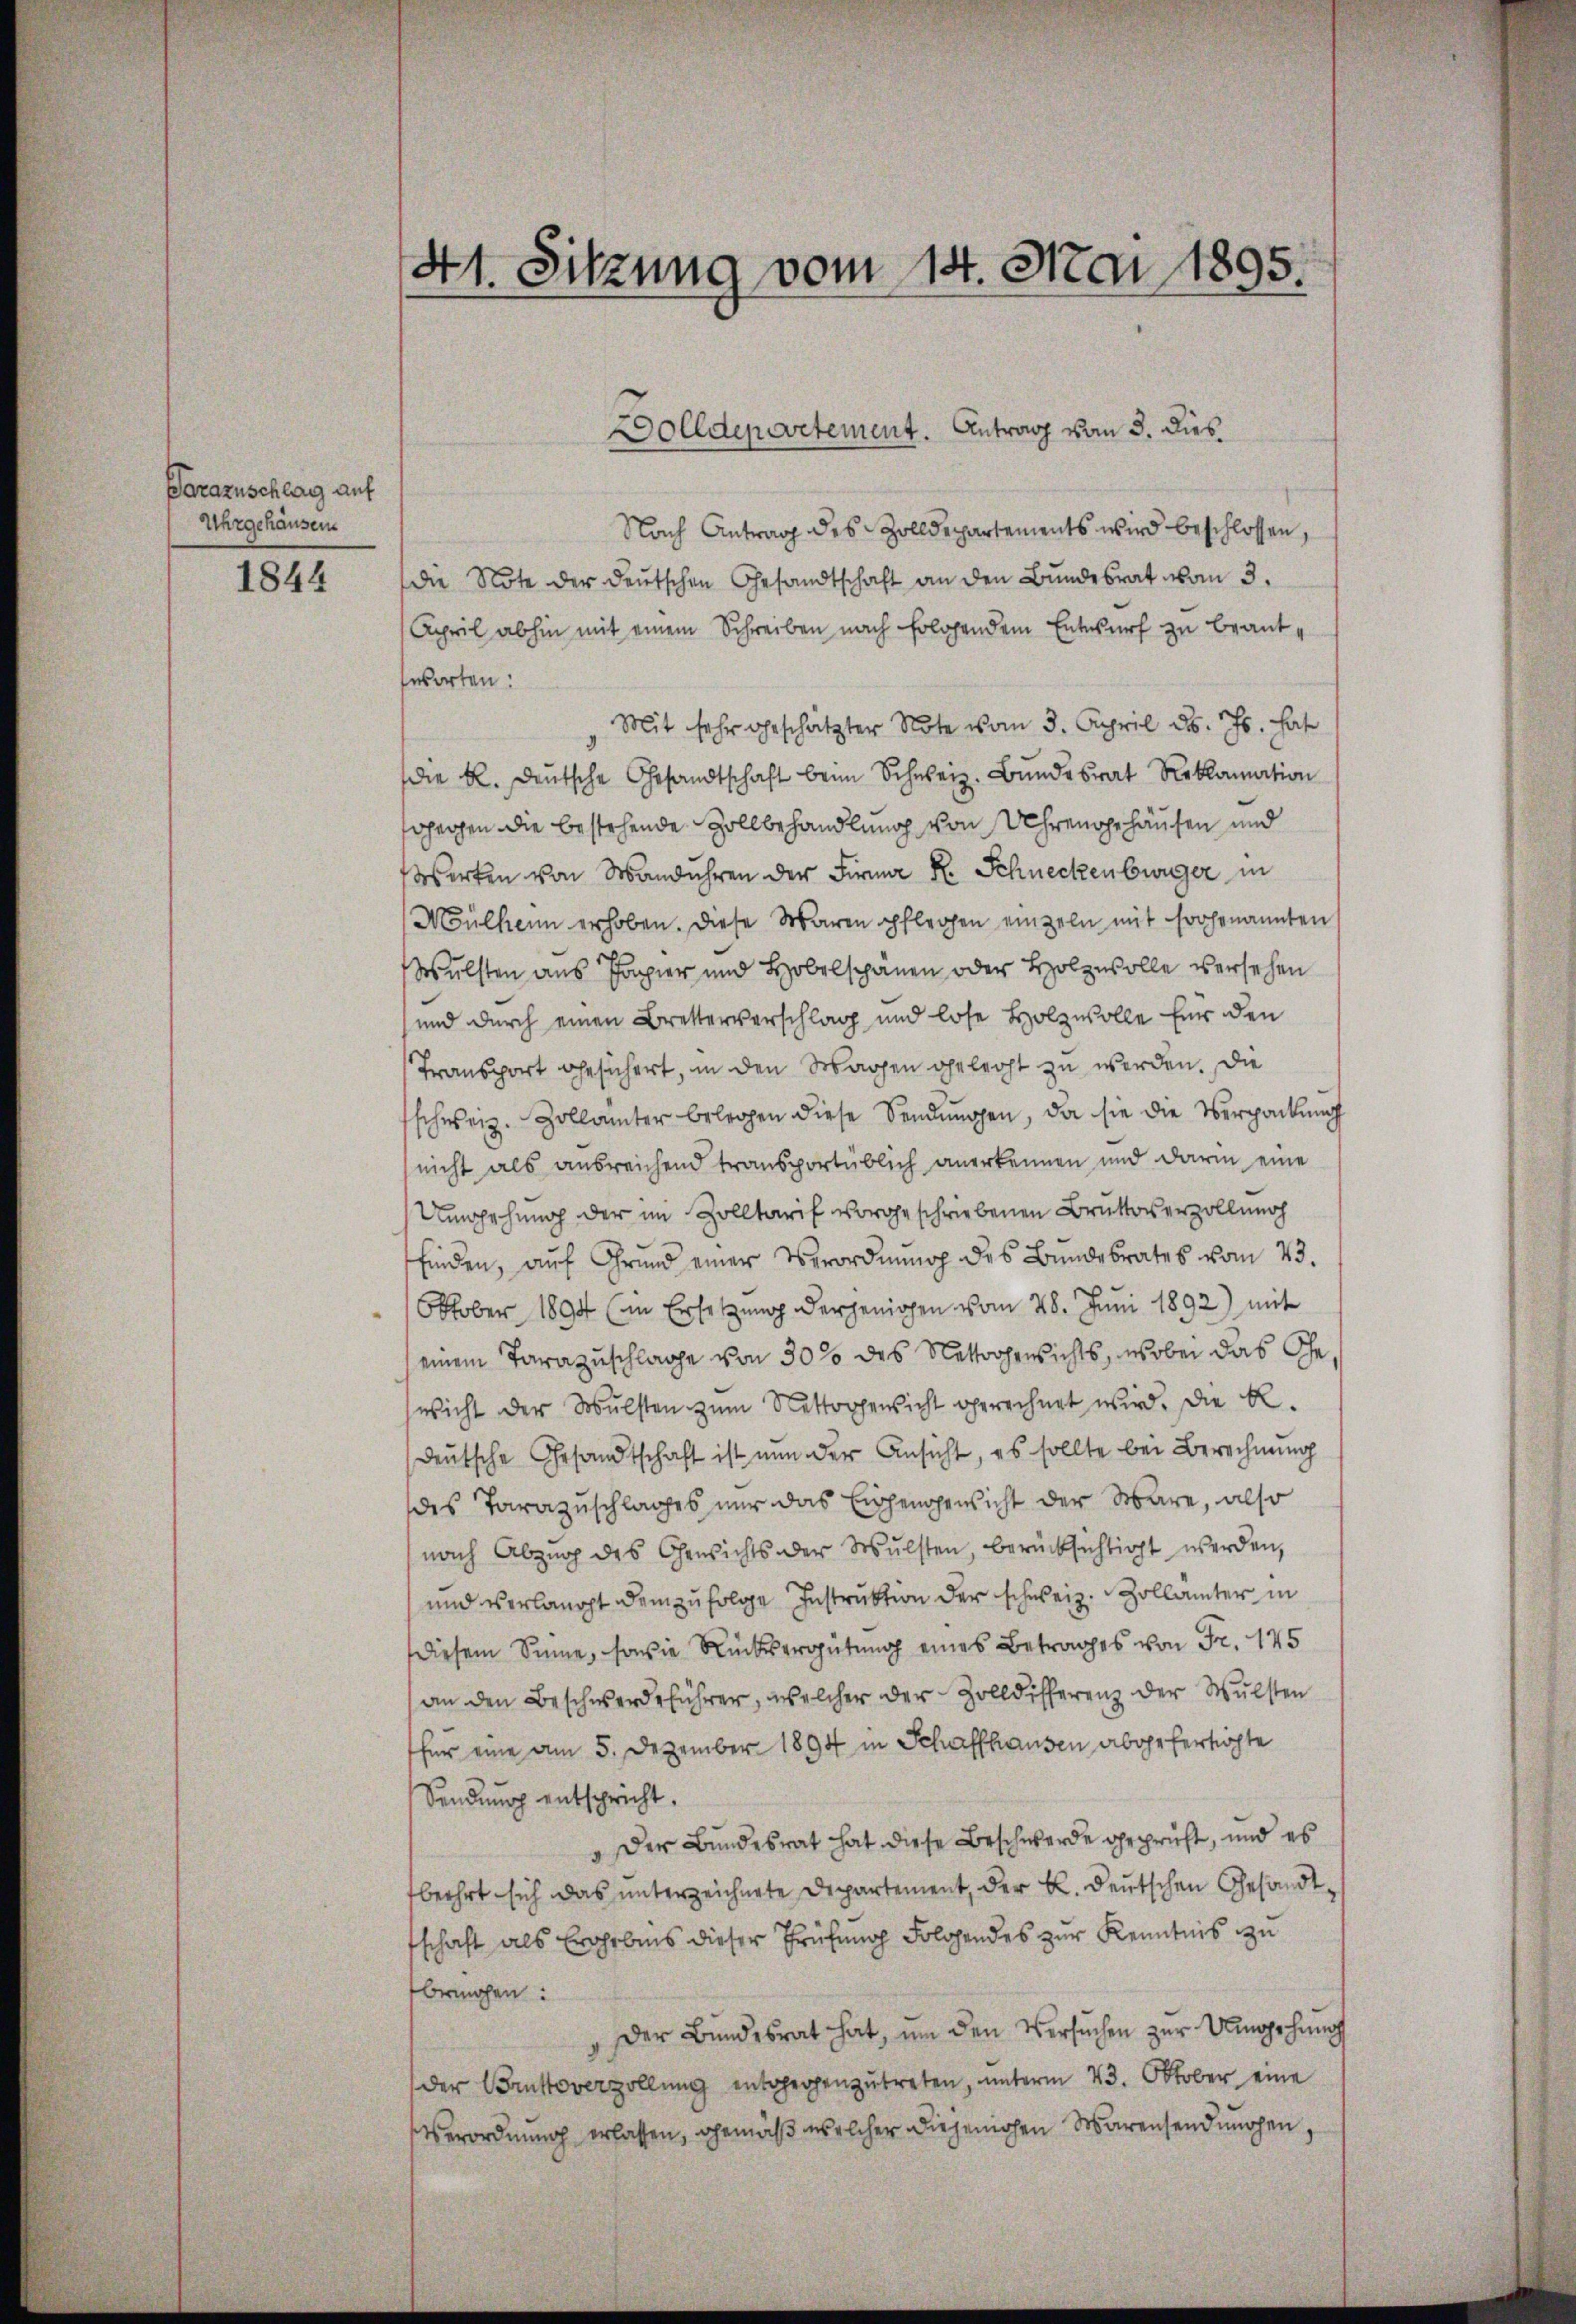
Parazuschlag auf
Uhrgehäuser

1844

Nach Antrag des Zolldepartements wird beschlossen,
die Note der deutschen Gesandtschaft an den Bundesrat von 3.
April abhin mit einem Schreiben nach Folgendem Entwurf zu beantworten:
Mit sehr geschätzter Note vom 3. April d. Js. hat
die k. deutsche Gesandtschaft beim Schweiz. Bŭndesrat Reklamation
schehen die bestehende Zollbehandlung von Uhrengehausen und
Werken von Mandahren der Firma R. Schneckenburger in
Mülhenn erhoben. Diese Waren pflegen einzeln mit frohenannten
Wulsten aus Papier und Hobelschänen oder Holzwolle versehen
und durch einen Bretterverschlag und lose Holzwolle für den
Transport gesichert, in den Wagen gelegt zu werden. Die
schweiz. Zollämter belegen diese Sendungen, da sie die Verpackung
nicht als ausreichend transportüblich anerkennen und darin eine
Umgehung der im Zolltarif vorgeschriebenen Bruttoverzollung
finden, aŭf Grund einer Verordnŭng des Bundesrates vom 23.
Oktober 1894 (in Ersetzŭng derjenigen vom 28. Juni 1892) mit
(einem Tarazuschlage von 30% des Nettoggewichts, wobei das Ge¬
Gesicht der Wulsten zum Nettoggensicht gerechnet wird. Die Bl.
deŭtsche Gesandtschaft ist nun der Ansicht, es sollte bei Berechnung
des Tarazuschlages nur das Einhengewicht der Wäre, also
nach Abzug des Gewichts der Wulsten, berücksichtigt werden,
und verlangt demzufolge Instruktion der schweiz. Zollämter in
Diesem Sinne, sowie Rücksergütung eines Betrages von Fr. 145
an den Beschwerdeführer, welcher der Zolldifferenz der Wulsten
für eine am 5. Dezember 1894 in Schaffhausen abgefertigte
Sendung entspricht.
" Der Bundesrat hat diese Beschwerde gepricht, und es
beehrt sich das unterzeichnete Departement, der B. deutschen Gesandtschaft als Ergebnis dieser Prüfung Folgendes zur Kenntnis zu
brochen:
Der Bŭndesrat hat, ŭm den Versŭchen zŭr Umgehŭng
der Anttoverzollung entgegenzutreten, unterm 23. Oktober eine
Verordnung erlassen, gemäß welcher diejenigen Warensendungen

41. Sitzung vom 14. Mai 1895.

Dolldepartement. Antrag vom 3. Dies